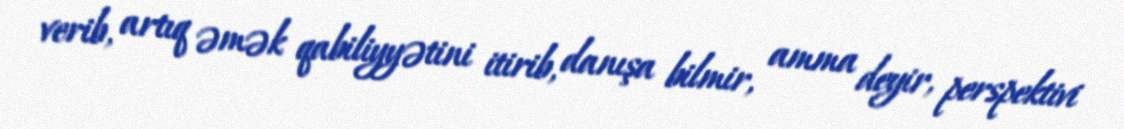
verib, artıq əmək qabiliyyətini itirib, danışa bilmir, amma deyir, perspektivi